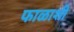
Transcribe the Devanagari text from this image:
फाळाशी